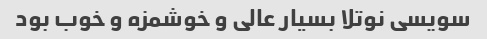
سویسی نوتلا بسیار عالی و خوشمزه و خوب بود